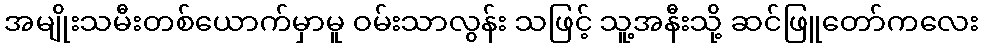
အမျိုးသမီးတစ်ယောက်မှာမူ ဝမ်းသာလွန်း သဖြင့် သူ့အနီးသို့ ဆင်ဖြူတော်ကလေး